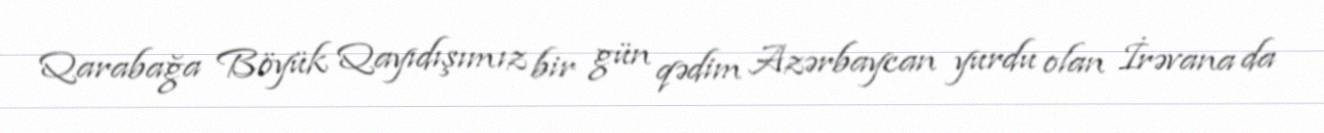
Qarabağa Böyük Qayıdışımız bir gün qədim Azərbaycan yurdu olan İrəvana da